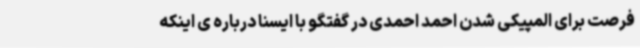
فرصت برای المپیکی شدن احمد احمدی در گفتگو با ایسنا درباره ی اینکه